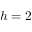
h = 2